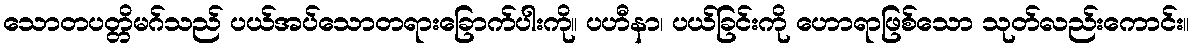
သောတပတ္တိမဂ်သည် ပယ်အပ်သောတရားခြောက်ပါးကို။ ပဟီနာ၊ ပယ်ခြင်းကို ဟောရာဖြစ်သော သုတ်လည်းကောင်း။